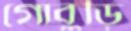
গোবুড়ি